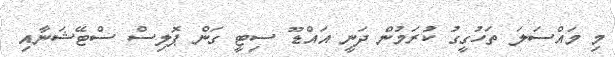
މި މައްސަލަ ތަހުގީގު ކުރަމުން ދަނީ އައްޑޫ ސިޓީ ގަން ޕޮލިސް ސްޓޭޝަނާއި